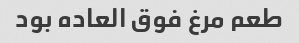
طعم مرغ فوق العاده بود